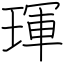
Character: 琿